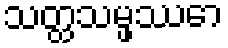
သတ္ထသမ္ဖဿော